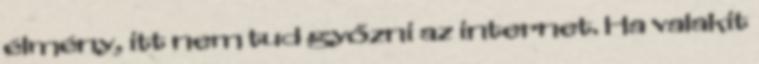
élmény, itt nem tud győzni az internet. Ha valakit